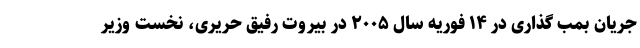
جریان بمب گذاری در ۱۴ فوریه سال ۲۰۰۵ در بیروت رفیق حریری، نخست وزیر